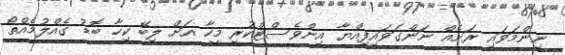
ނިންމަވައި ރަށެއް ނަންގަވައިފިއްޔާ އިންވެސްޓްކުރި މީހާ އަށް ލިބޭ ކިހާ ބޮޑު ގެއްލުމެއްތޯ